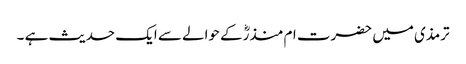
ترمذی میں حضرت ام منذرؓکے حوالے سے ایک حدیث ہے ۔